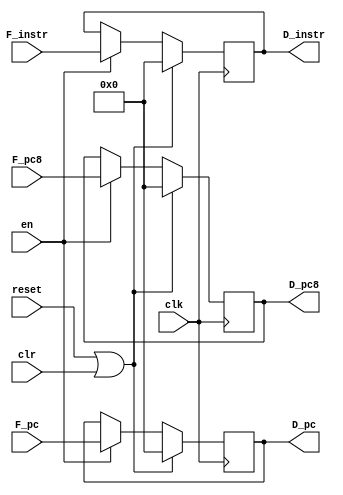
`timescale 1ns / 1ps
//////////////////////////////////////////////////////////////////////////////////
// Company: 
// Engineer: 
// 
// Design Name: 
// Module Name:    regD 
// Project Name: 
// Target Devices: 
// Tool versions: 
// Description: 
//
// Dependencies: 
//
// Revision: 
// Revision 0.01 - File Created
// Additional Comments: 
//
//////////////////////////////////////////////////////////////////////////////////
module regD(
input wire clk,
input wire reset, // tongbu reset
input wire en, //en = ~stall
input wire clr,
input wire [31:0] F_instr,
input wire [31:0] F_pc,
input wire [31:0] F_pc8,
output wire [31:0] D_instr,
output wire [31:0] D_pc,
output wire [31:0] D_pc8
    );
reg [31:0] instr;
reg [31:0] pc;
reg [31:0] pc8;	 
always@(posedge clk)begin
	if(reset | clr)begin
	instr <= 32'b0;
	pc <= 32'b0;
	pc8 <= 32'b0;
	end
	else begin
	if(en)begin
	instr <= F_instr;
	pc <= F_pc;
	pc8 <= F_pc8;
	end
	else begin   //stall
	instr <= instr;
	pc <= pc;
	pc8 <= pc8;
	end
	end
end
assign D_instr = instr;
assign D_pc = pc;
assign D_pc8 = pc8;
endmodule